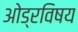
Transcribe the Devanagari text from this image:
ओड्रविषय